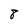
Character: 8